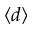
\langle d \rangle